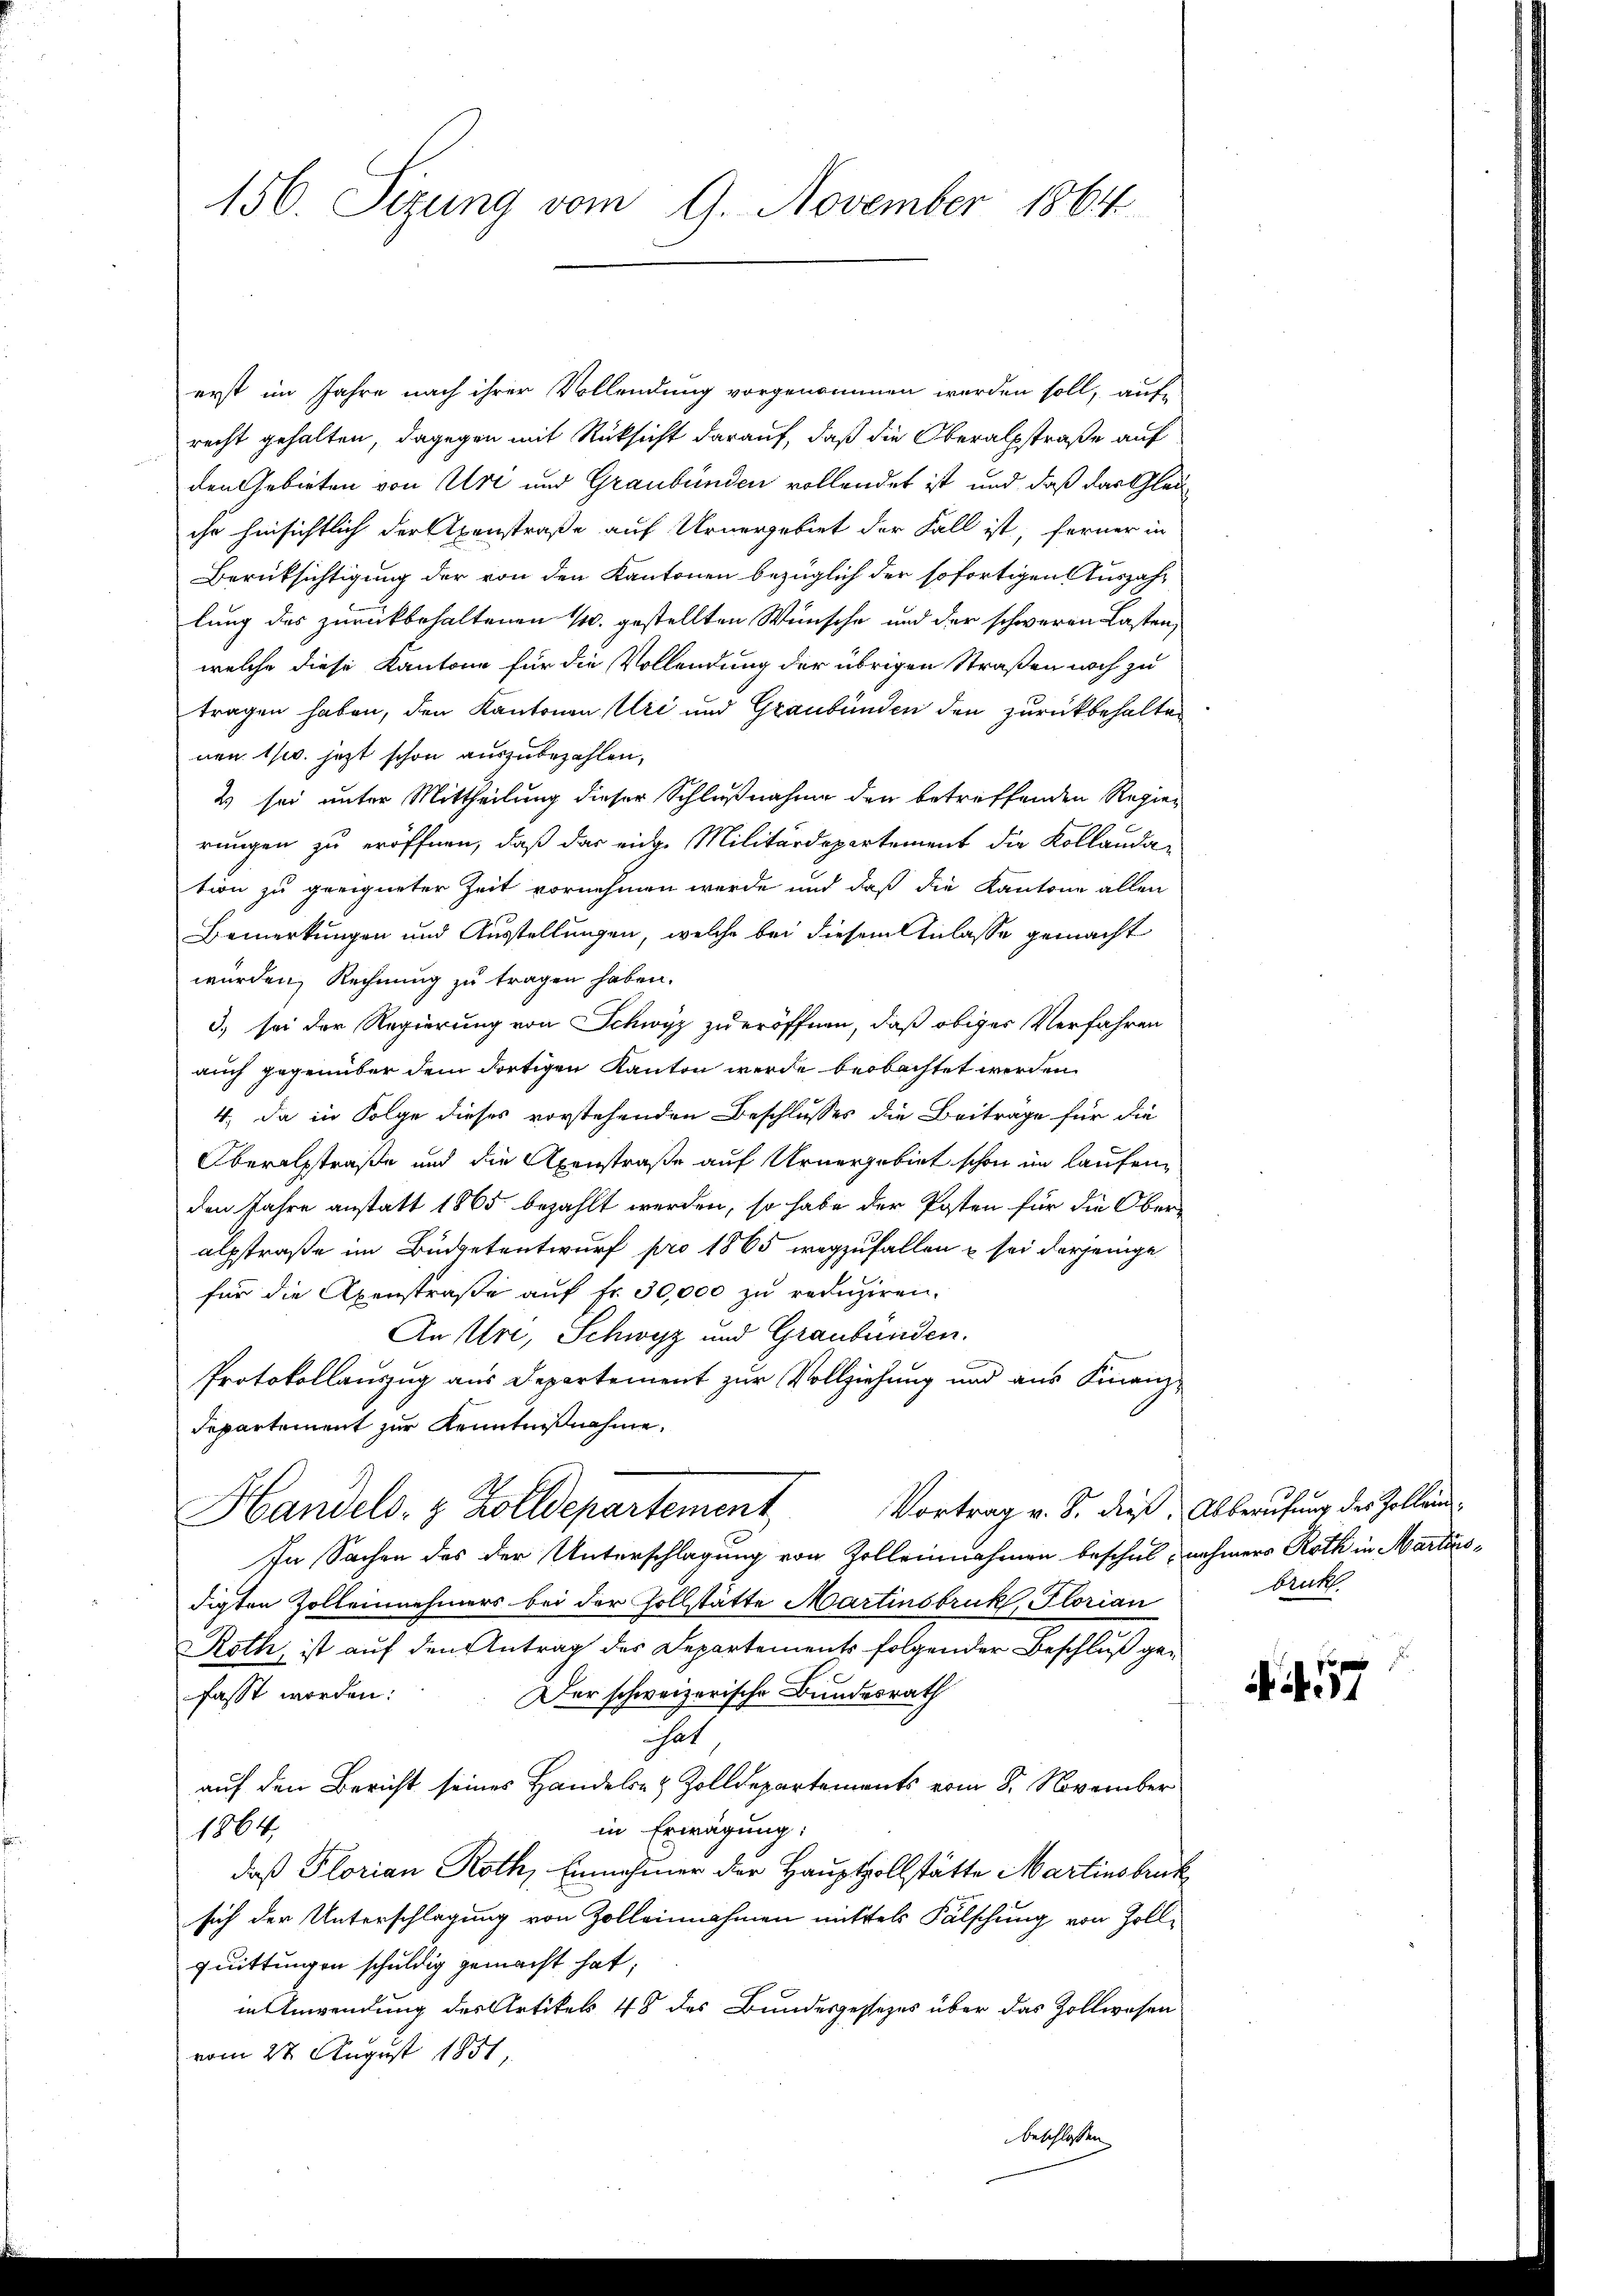
156. Sizung vom 9. November 1864

erst im Jahre nach ihrer Vollendung vorgenommen werden soll, auf
recht gehalten, dagegen mit Rücksicht darauf, daß die Oberalpstraße auf
den Gebieten von Art und Graubünden vollendet ist und daß das Glauihr hinsichtlich der Axenstraße auf Urnergebiet der Fall ist, ferner in
Berücksichtigung der von den Kantonen bezüglich der sofortigen Auszahlung des zurückbehaltenen 1. gestellten Wünsche und der schweren Lasten,
welche diese Kantone für die Vollendung der übrigen Straßen noch zu
tragen haben, den Kantonen Uri und Graubünden den zurückbehalten
nen 160. jetzt schon auszubezahlen,
2 sei unter Mittheilung dieser Schlußnahme den betreffenden Regie¬
1
rungen zu eröffnen, daß das eige Militärdepartement die Kollandan
tion zu geeigneter Zeit vornehmen werde und daß die Kantone allen
Bemerkungen und Ausstellungen, welche bei diesem Anlasse gemacht
wurden, Rechnung zu tragen haben.
3) sei der Regierung von Schwyz zu eröffnen, daß obiger Verfahren
auch gegenüber dem dortigen Kanton werde beobachtet werden
4. Da in Folge dieses vorstehenden Beschlusses die Beiträge für die
Oberalstraße und die Axenstraße auf Urnergebiet schon im Laufenden Jahre anstatt 1865 bezahlt werden, so habe der Posten für die Oberalsstraße im Büdgetentwurf pro 1865 wegzufallen u sei derjenige
für die Axenstraße auf fr. 30,000 zu reduziren.
An Uri, Schwyz und Graubünden.
Protokollauszug aus Departement zur Vollziehung und aus Finanz¬
Departement zur Kenntnißnahme.
Vortrag v. B. dieß. Alberufung des Zollein¬
Handels- & Zolldepartement
In Sachen des der Unterschlagung von Zolleinnahmen beschul- nehmers Roth in Martinsdigten Zolleinehmers bei der Zollstätte Martinsbruk, Florian
Roth, ist auf den Antrag des Departements folgender Beschluß ge¬
Der schweizerische Bundesrath
fasst worden:
hat
auf den Bericht seines Handels- & Zolldepartements vom 8. November
in Erwägung:
1864,
daß Florian Roth, Einnahmer der Hauptzollstätte Martinsbruck
sich der Unterschlagung von Zolleinnahmen mittels Fälschung von Zollquittungen schuldig gemacht hat,
in Anwendung des Artikels 48 des Bundesgessezes über das Zollwesen
vom 27. August 1851,

beschlossen

bruk.

A . 57